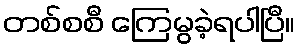
တစ်စစီ ကြေမွခဲ့ရပါပြီ။